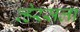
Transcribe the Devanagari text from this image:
व्हेरसला